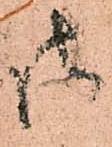
御